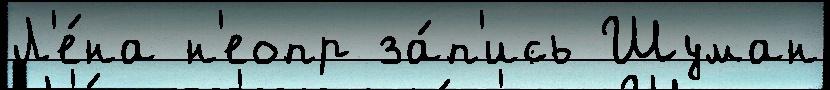
Л'е́на н'еопр за́п'ись Шуман